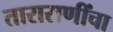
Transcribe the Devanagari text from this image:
ताराराणींचा